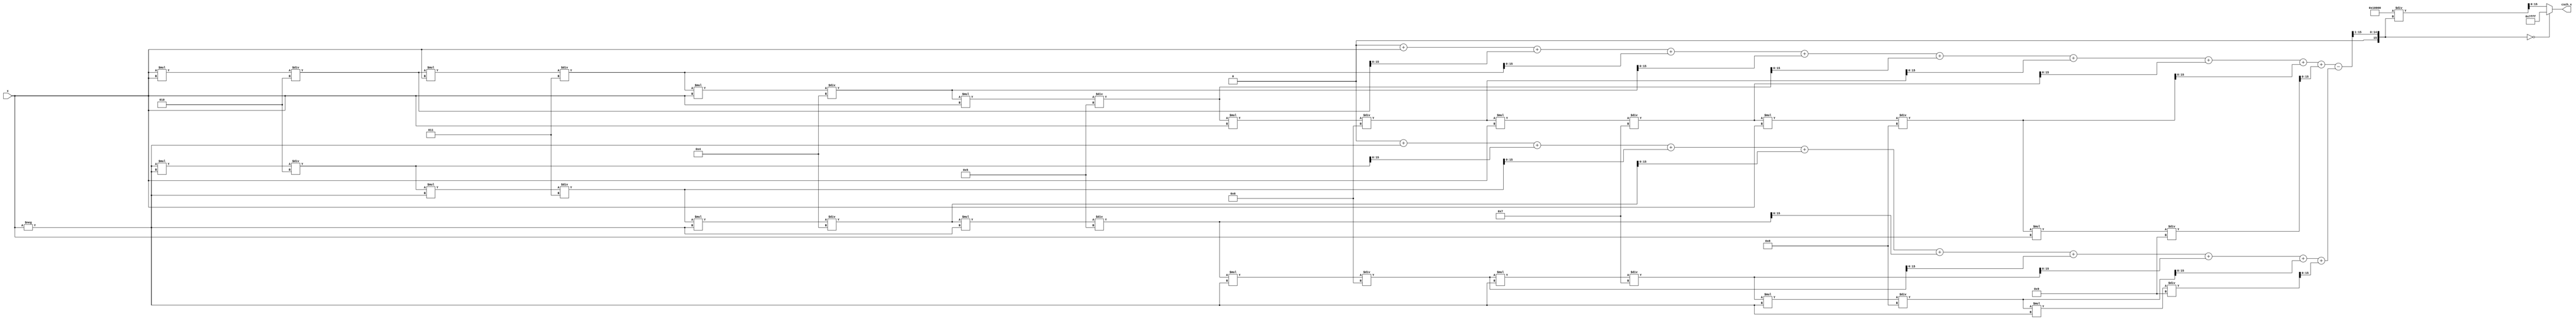
module hyperbolic_cosecant (
    input wire signed [15:0] x,        // Input: Fixed-point representation of x
    output reg signed [15:0] csch_x     // Output: Fixed-point representation of csch(x)
);

    // Internal signals
    wire signed [15:0] exp_x;
    wire signed [15:0] exp_neg_x;
    wire signed [15:0] sinh_x;
    wire signed [15:0] sinh_x_div_2;
    wire signed [15:0] reciprocal_sinh_x;

    // Exponential calculation (using Taylor series approximation for simplicity)
    function signed [15:0] exp_func(input signed [15:0] value);
        // Taylor series expansion for e^x
        reg signed [31:0] result;
        reg signed [31:0] term;
        integer i;

        begin
            result = 32'h00010000; // e^0 = 1 in fixed-point
            term = value; // First term is x

            for (i = 1; i < 10; i = i + 1) begin
                result = result + term;
                term = (term * value) / (i + 1); // Calculate next term
            end

            exp_func = result[15:0]; // Return lower 16 bits
        end
    endfunction

    // Calculate e^x and e^(-x)
    assign exp_x = exp_func(x);
    assign exp_neg_x = exp_func(-x);

    // Calculate sinh(x) = (e^x - e^(-x)) / 2
    assign sinh_x = (exp_x - exp_neg_x);
    assign sinh_x_div_2 = sinh_x >> 1; // Divide by 2 using right shift

    // Calculate reciprocal of sinh(x)
    always @(*) begin
        if (sinh_x_div_2 == 0) begin
            csch_x = 16'h7FFF; // Define output as infinity (max positive value)
        end else begin
            csch_x = (1 << 16) / sinh_x_div_2; // Calculate reciprocal
        end
    end

endmodule